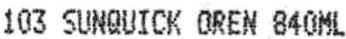
103 SUNQUICK OREN 840ML